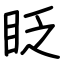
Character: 眨